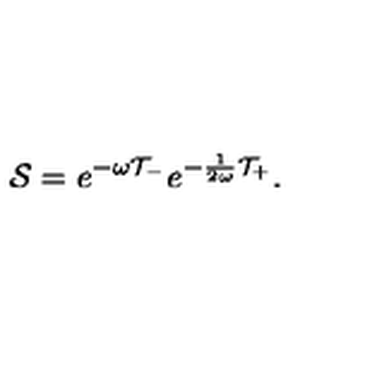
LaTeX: { \cal S } = e ^ { - \omega { \cal T } _ { - } } e ^ { - \frac { 1 } { 2 \omega } { \cal T } _ { + } } .